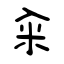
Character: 籴